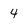
Character: 4